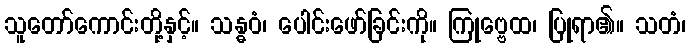
သူတော်ကောင်းတို့နှင့်။ သန္ဓဝံ၊ ပေါင်းဖော်ခြင်းကို။ ကြုဗ္ဗေထ၊ ပြုရာ၏။ သတံ၊